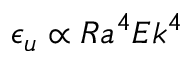
\epsilon _ { u } \propto R a ^ { 4 } E k ^ { 4 }